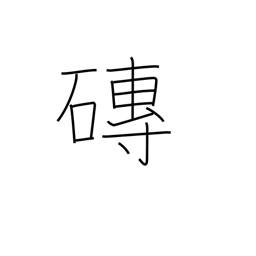
Meaning: tile